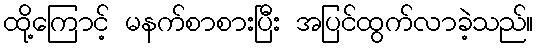
ထို့ကြောင့် မနက်စာစားပြီး အပြင်ထွက်လာခဲ့သည်။